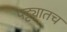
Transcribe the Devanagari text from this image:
पट्ट्यातच